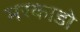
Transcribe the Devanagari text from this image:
मरकाडो